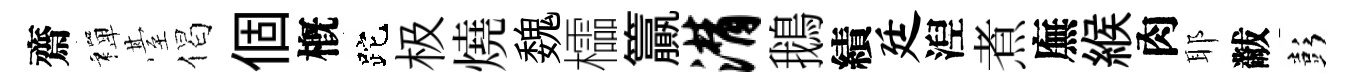
齋禪䑓偈個槪跎极燒魏櫺籯潸鵝績廷湼煮廡緱肉耶黻彭